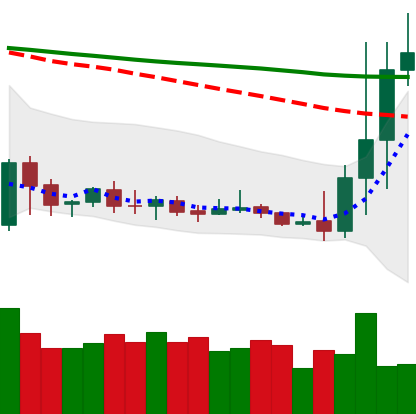
Ticker: DOGE-USD
Chart end date: 2020-01-06
Forward return: -6.049%
Label: down_5_7